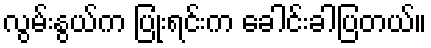
လွမ်းနွယ်က ပြုံးရင်းက ခေါင်းခါပြတယ်။